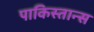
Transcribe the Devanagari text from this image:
पाकिस्तान्स